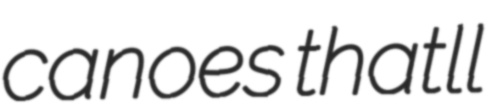
canoes thatll